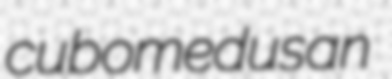
cubomedusan